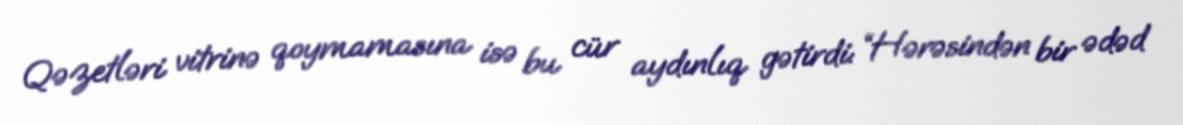
Qəzetləri vitrinə qoymamasına isə bu cür aydınlıq gətirdi: “Hərəsindən bir ədəd